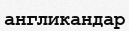
англикандар